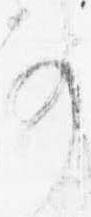
事